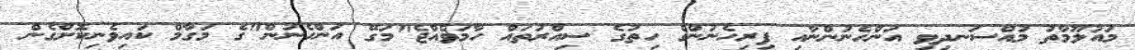
މައުލޫމާތު މުއްސަނދިވި އަންހެނުންނާއި ފިރިހެނުންގެ ހިތުގެ ސިއްރުތައް ހާމަވެއްޖެ"މަގޭ އަންހެނުން"ގެ މަގާމް ކައިވެނިކޮށްގެން